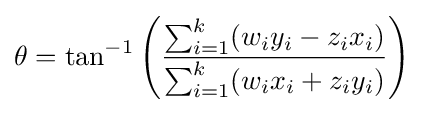
\theta =\tan ^{-1}\left({\frac {\sum _{i=1}^{k}(w_{i}y_{i}-z_{i}x_{i})}{\sum _{i=1}^{k}(w_{i}x_{i}+z_{i}y_{i})}}\right)